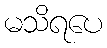
မသိရပေ